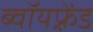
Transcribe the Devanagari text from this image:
ब्वॉयफ़्रेंड